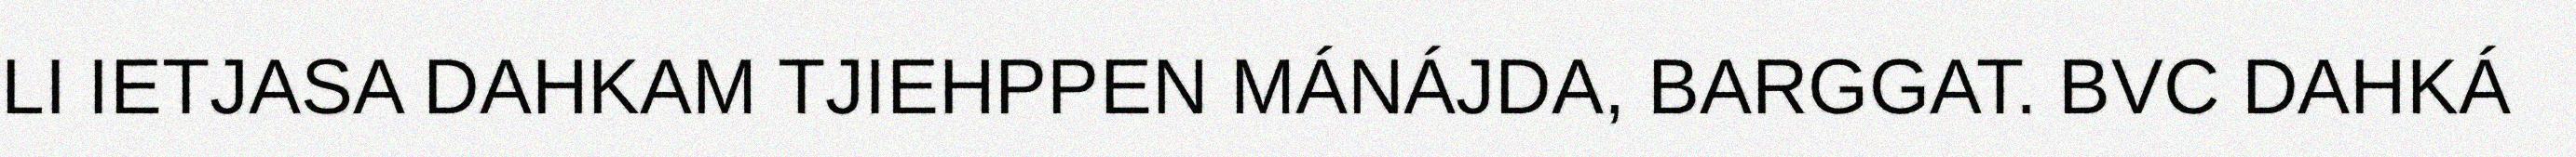
LI IETJASA DAHKAM TJIEHPPEN MÁNÁJDA, BARGGAT. BVC DAHKÁ